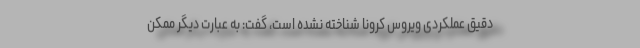
دقیق عملکردی ویروس کرونا شناخته نشده است، گفت: به عبارت دیگر ممکن